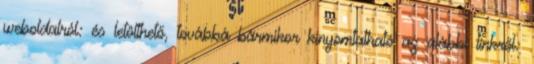
weboldalról: és letölthető, továbbá bármikor kinyomtatható az alábbi linkről: